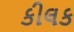
કીલક